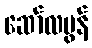
ဆော်လမွန်